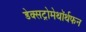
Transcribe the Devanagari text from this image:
डेक्सट्रोमेथॉर्थफन